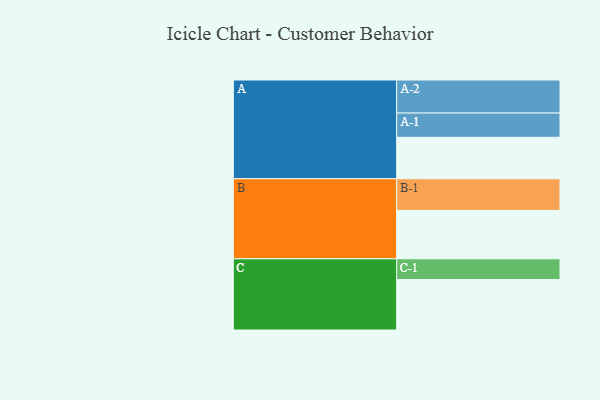
{"axis": {"x": "Segment", "y": "Value"}, "legend": ["", "A", "B", "C"], "data": [{"x": "A", "y": 340, "type": ""}, {"x": "B", "y": 397, "type": ""}, {"x": "C", "y": 414, "type": ""}, {"x": "A-1", "y": 199, "type": "A"}, {"x": "A-2", "y": 271, "type": "A"}, {"x": "B-1", "y": 260, "type": "B"}, {"x": "C-1", "y": 170, "type": "C"}]}